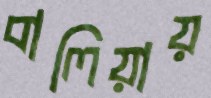
বালিয়ায়